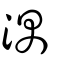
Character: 湡